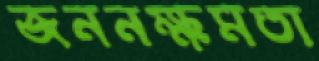
জননক্ষমতা